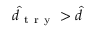
\hat { d } _ { \mathrm { ~ t ~ r ~ y ~ } } > \hat { d }